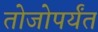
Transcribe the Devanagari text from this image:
तोजोपर्यंत